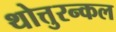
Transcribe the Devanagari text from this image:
थोत्तुरन्कल